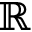
\mathbb R